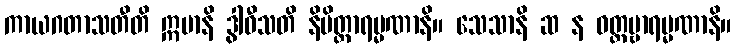
ကာယဂတာသတီတိ ဣမာနိ ဒွါဝီသတိ နိမိတ္တာရမ္မဏာနိ။ သေသာနိ ဆ န ဝတ္တဗ္ဗာရမ္မဏာနိ။